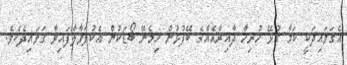
އެގަވައިދަކީ ކަމާ ގުޅޭ ހުރިހާ ދާއިރާއެއްގެ ބޭފުޅުން ހިމެނޭ ބޯޑަކުން އެކުލަވާލާފައިވާ ގަވައިދެކެވެ.